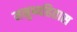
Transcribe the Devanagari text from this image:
मनुष्यहितास